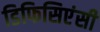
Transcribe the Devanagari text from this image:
डिफिसिएंसी